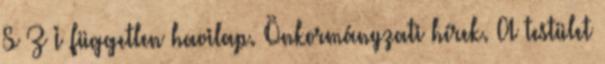
S Z I független havilap. Önkormányzati hírek. A testület